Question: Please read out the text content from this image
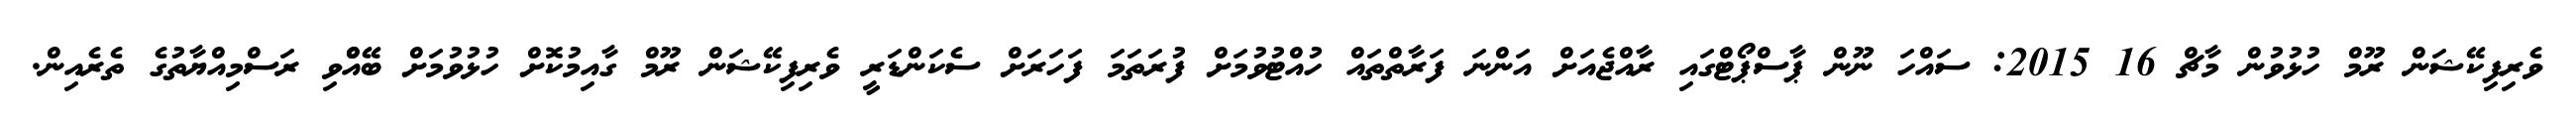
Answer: ވެރިފިކޭޝަން ރޫމް ހުޅުވުން މާޗް 16 2015: ސައްހަ ނޫން ޕާސްޕޯޓްގައި ރާއްޖެއަށް އަންނަ ފަރާތްތައް ހުއްޓުވުމަށް ފުރަތަމަ ފަހަރަށް ސެކަންޑަރީ ވެރިފިކޭޝަން ރޫމް ގާއިމުކޮށް ހުޅުވުމަށް ބޭއްްވި ރަސްމިއްޔާތުގެ ތެރެއިން.